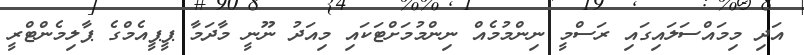
އަދި މިމައްސަލައިގައި ރަސްމީ ނިންމުމެއް ނިންމުމަށްޓަކައި މިއަދު ނޫނީ މާދަމާ ޕީޕީއެމްގެ ޕާލިމެންޓްރީ